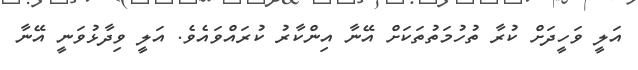
އަލީ ވަހީދަށް ކުރާ ތުހުމަތުތަކަށް އޭނާ އިންކާރު ކުރައްވައެވެ. އަލީ ވިދާޅުވަނީ އޭނާ